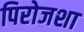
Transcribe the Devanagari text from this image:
पिरोजशा